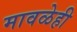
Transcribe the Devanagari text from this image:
मावळेही